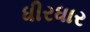
ધીરધાર